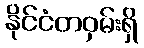
နိုင်ငံတဝှမ်းရှိ